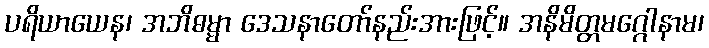
ပရိယာယေန၊ အဘိဓမ္မာ ဒေသနာတော်နည်းအားဖြင့်။ အနိမိတ္တမဂ္ဂေါနာမ၊